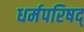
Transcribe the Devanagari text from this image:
धर्मपरिषद्